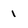
Character: 1